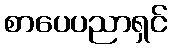
စာပေပညာရှင်